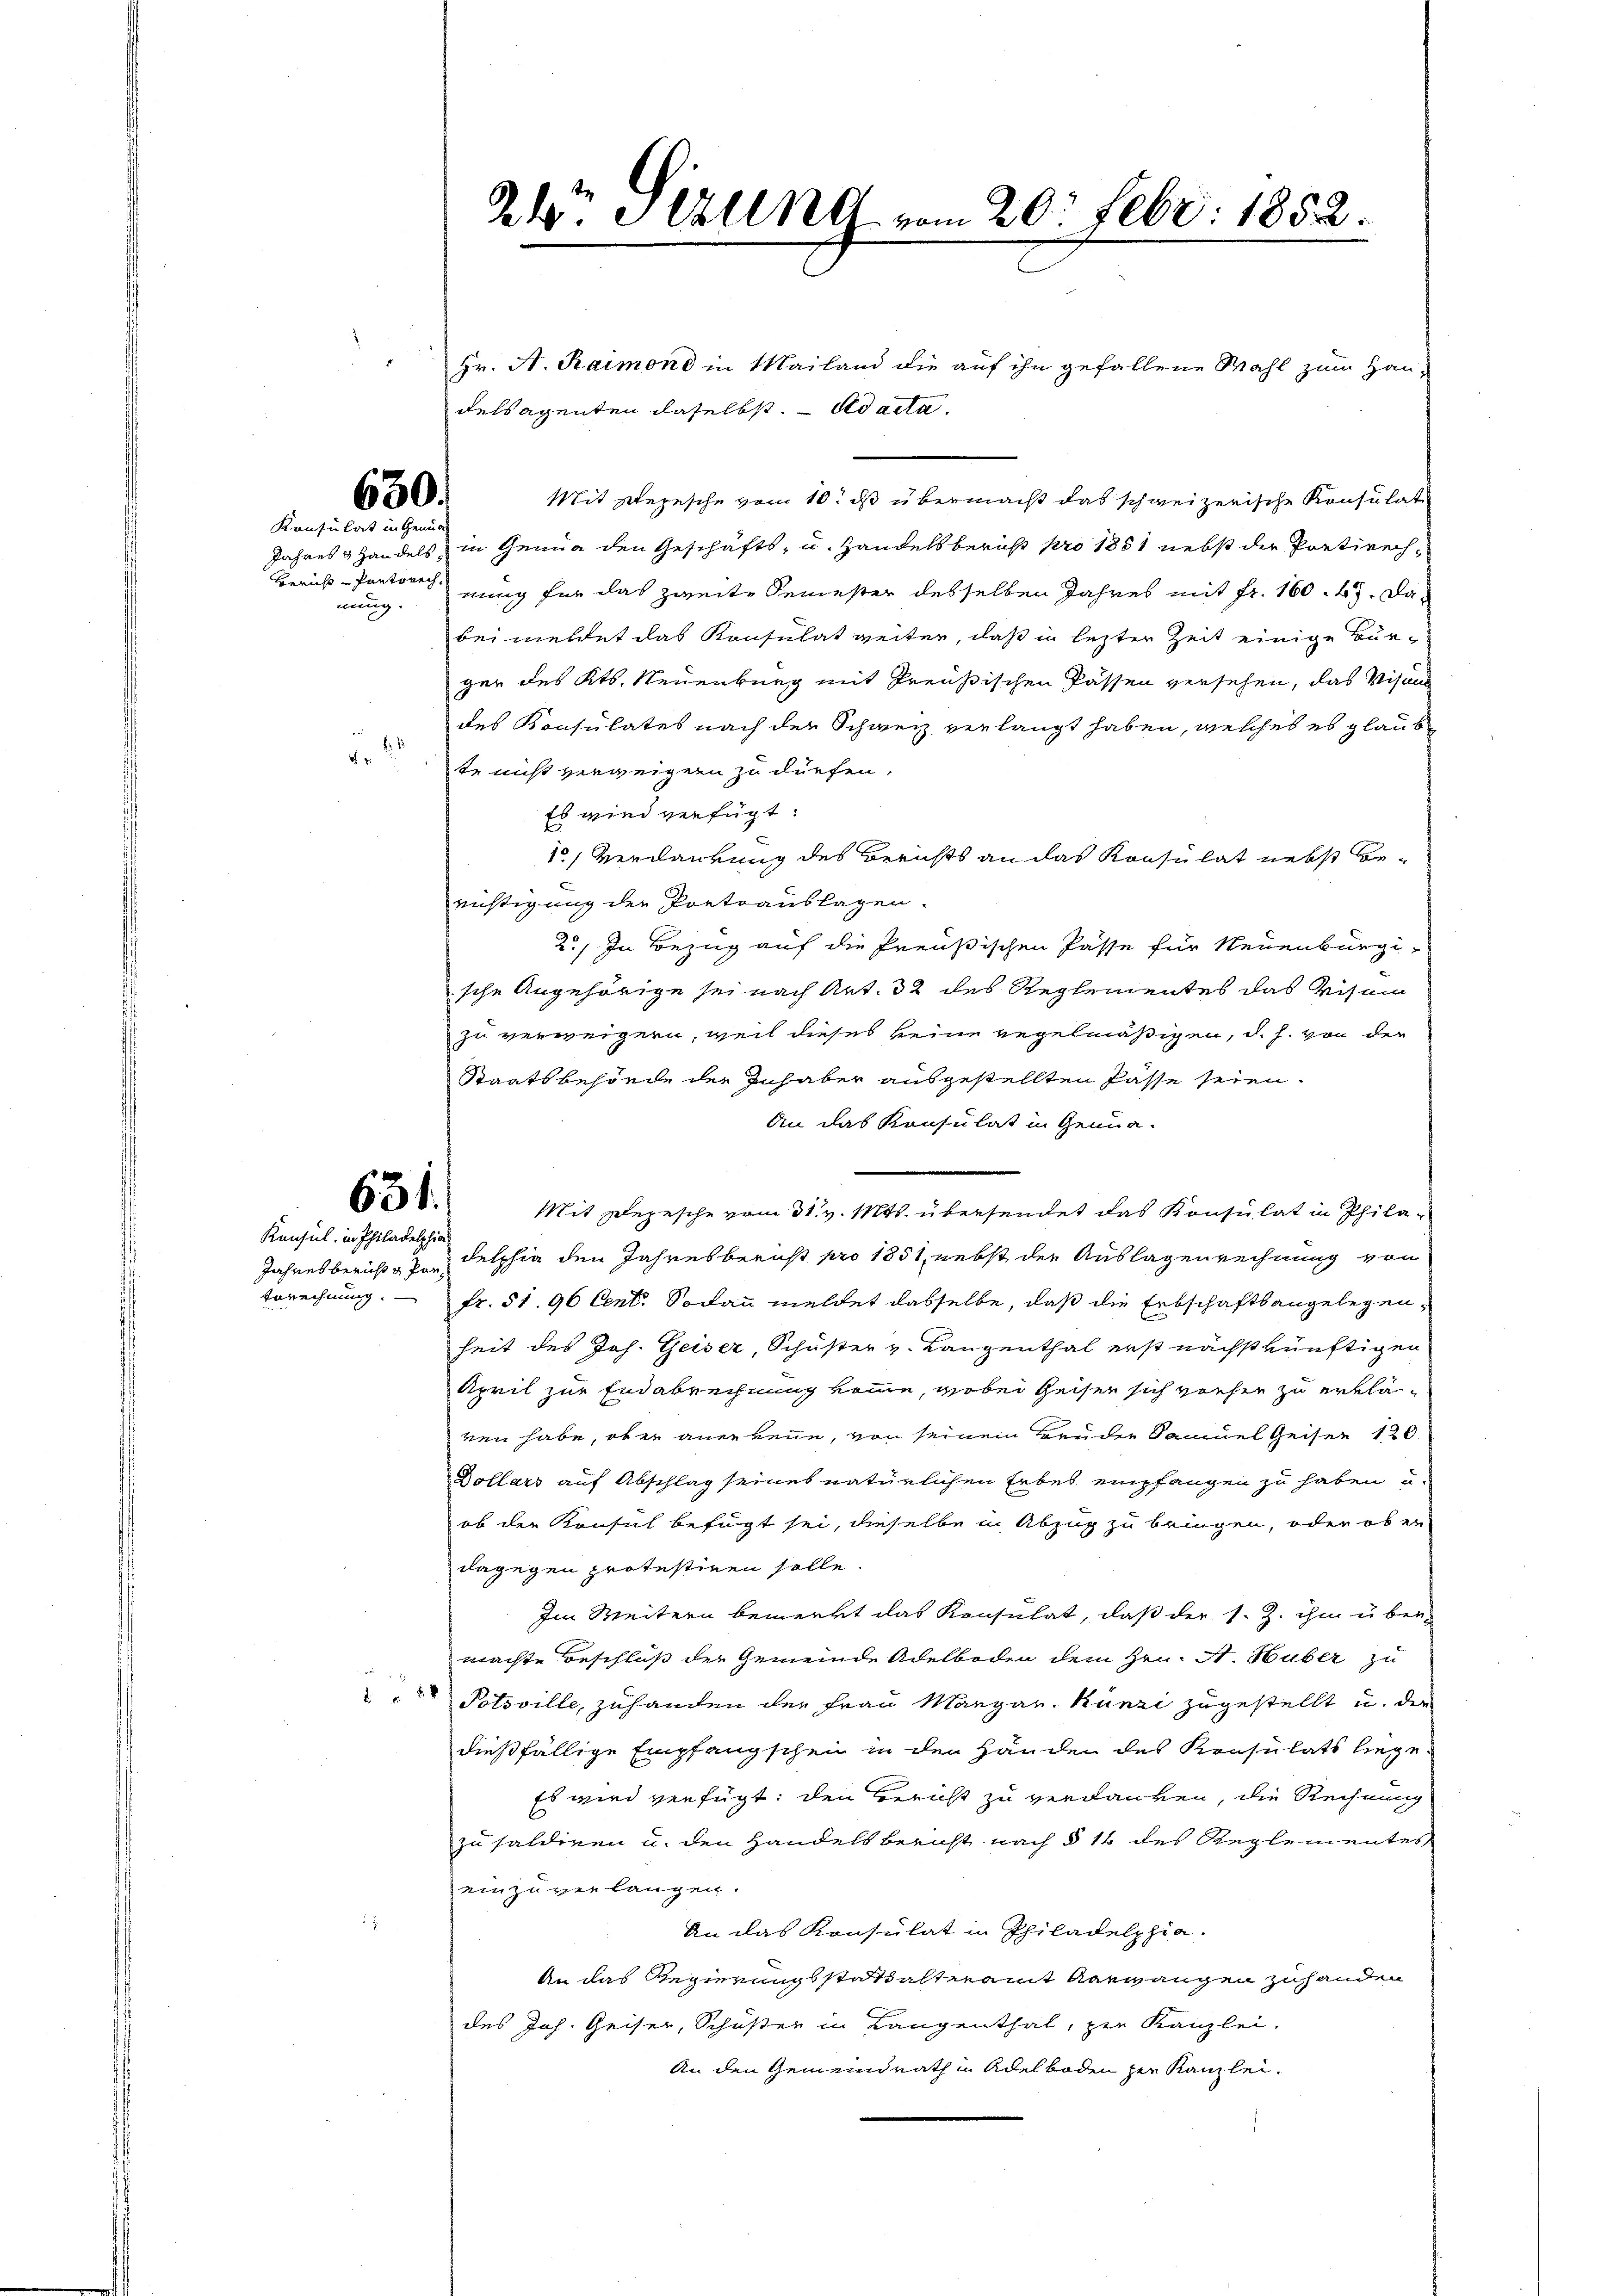
630.
Konsulat in Gemüt

nung.

de

631.

Konsul in Philadelphia¬

Zk. Allng vom 20. Febr. 1852.

e
Hr. A. Raimond in Mailand die auf ihn gefallene Wahl zum Han-
delsagenten daselbst. ad acta.
Mit Stepesche vom 10t ds übermacht das schweizerische Konsulate
Jahres Handels in Genug den Geschäfts- u. Handelsberuht pro 1851 nebst der Pretirech¬
Bericht-Pantone nung für das zweite Semester desselben Jahres mit fr. 160. 47. Dabeimeldet das Konsulat weiter, daß in lezter Zeit einige Bur-
ger des Kts. Neuenburg mit Preußischen Kassen versehen, das Visan
des Konsulates nach der Schweiz verlangt haben, welches es glaub
te nicht verweigen zu dürfen.
Es wird verfügt:
1, verdankung des Berichts an das Konsulat nebst benichtigung der Portoauslagen.
2./ In Bezug auf die Preußischen Pässe für Neuenburgi-
sche Angehörige sei nach Art. 32 des Reglementes das Visein
zu verweigern, weil dieses keine regelmäßigen, d. h. von der
Staatsbesonde der Inhaber ausgestellten Pässe seien.
An das Konsulat in Genua-
Mit Depesche vom 31. v. Mts. übersendet das Konsulat in Phila¬
Jahresbericht 3 Delphia den Jahresbericht pro 1851, nebst der Auslagenrechnung von
Eerechnung. - Fr. 51. 96 Cent. Sodann meldet dasselbe, daß die Erbschaftsangelegenheit des Joh. Geiser, Schuster v. Langenthal erst nächstkünftigen
April zur Endebrechnung komme, wobei Reisen sich vorher zu erkläven habe, ober anerkenne, von seinem Bruder Samuel Geiser 120.
Dollars auf Abschlag seines natürlichen Erbes empfangen zu haben u.
ob der Konsul befügt sei, dieselbe in Abzug zu bringen, oder ober
dagegen protestiren solle.
Im Weitern bemerkt das Konsulat, daß der s. Z. ihm über-
machte Beschluß der Gemeinde Adelboden dem Hrn. A. Huber zu
 Potsville, zuhanden der Frau Margar. Künzi zugestellt u. der
dießfällige Empfangschein in den Händen des Konsulats liege
Es wird verfügt: den Bericht zu verdanken, die Rechnung
zu saldigen u. den Handelsbericht nach § 14 des Reglementes
einzuverlangen.
An das Konsulat in Philadelphia-
An das Regierungsstattalteramt Aarwangen zuhanden
des Joh. Geiser, Schußer in Langenthal, zur Kanzlei-
An den Gemeindrath in Adelboden zur Kanzlei-